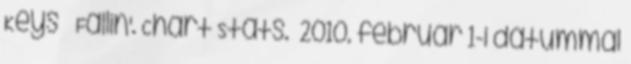
Keys – Fallin'. Chart Stats. 2010. február 1-i dátummal